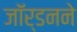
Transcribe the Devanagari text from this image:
जॉर्डनने